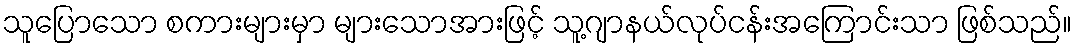
သူပြောသော စကားများမှာ များသောအားဖြင့် သူ့ဂျာနယ်လုပ်ငန်းအကြောင်းသာ ဖြစ်သည်။